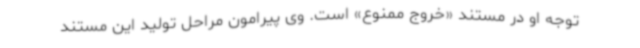
توجه او در مستند «خروج ممنوع» است. وی پیرامون مراحل تولید این مستند